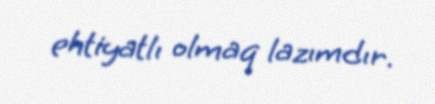
ehtiyatlı olmaq lazımdır.